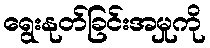
ရွေးနုတ်ခြင်းအမှုကို